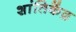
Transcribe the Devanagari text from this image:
शांतिकेंद्र